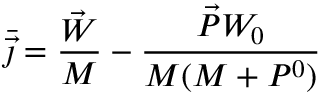
\bar { \vec { \jmath } } = \frac { \vec { W } } { M } - \frac { \vec { P } W _ { 0 } } { M ( M + P ^ { 0 } ) }